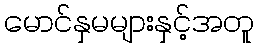
မောင်နှမများနှင့်အတူ